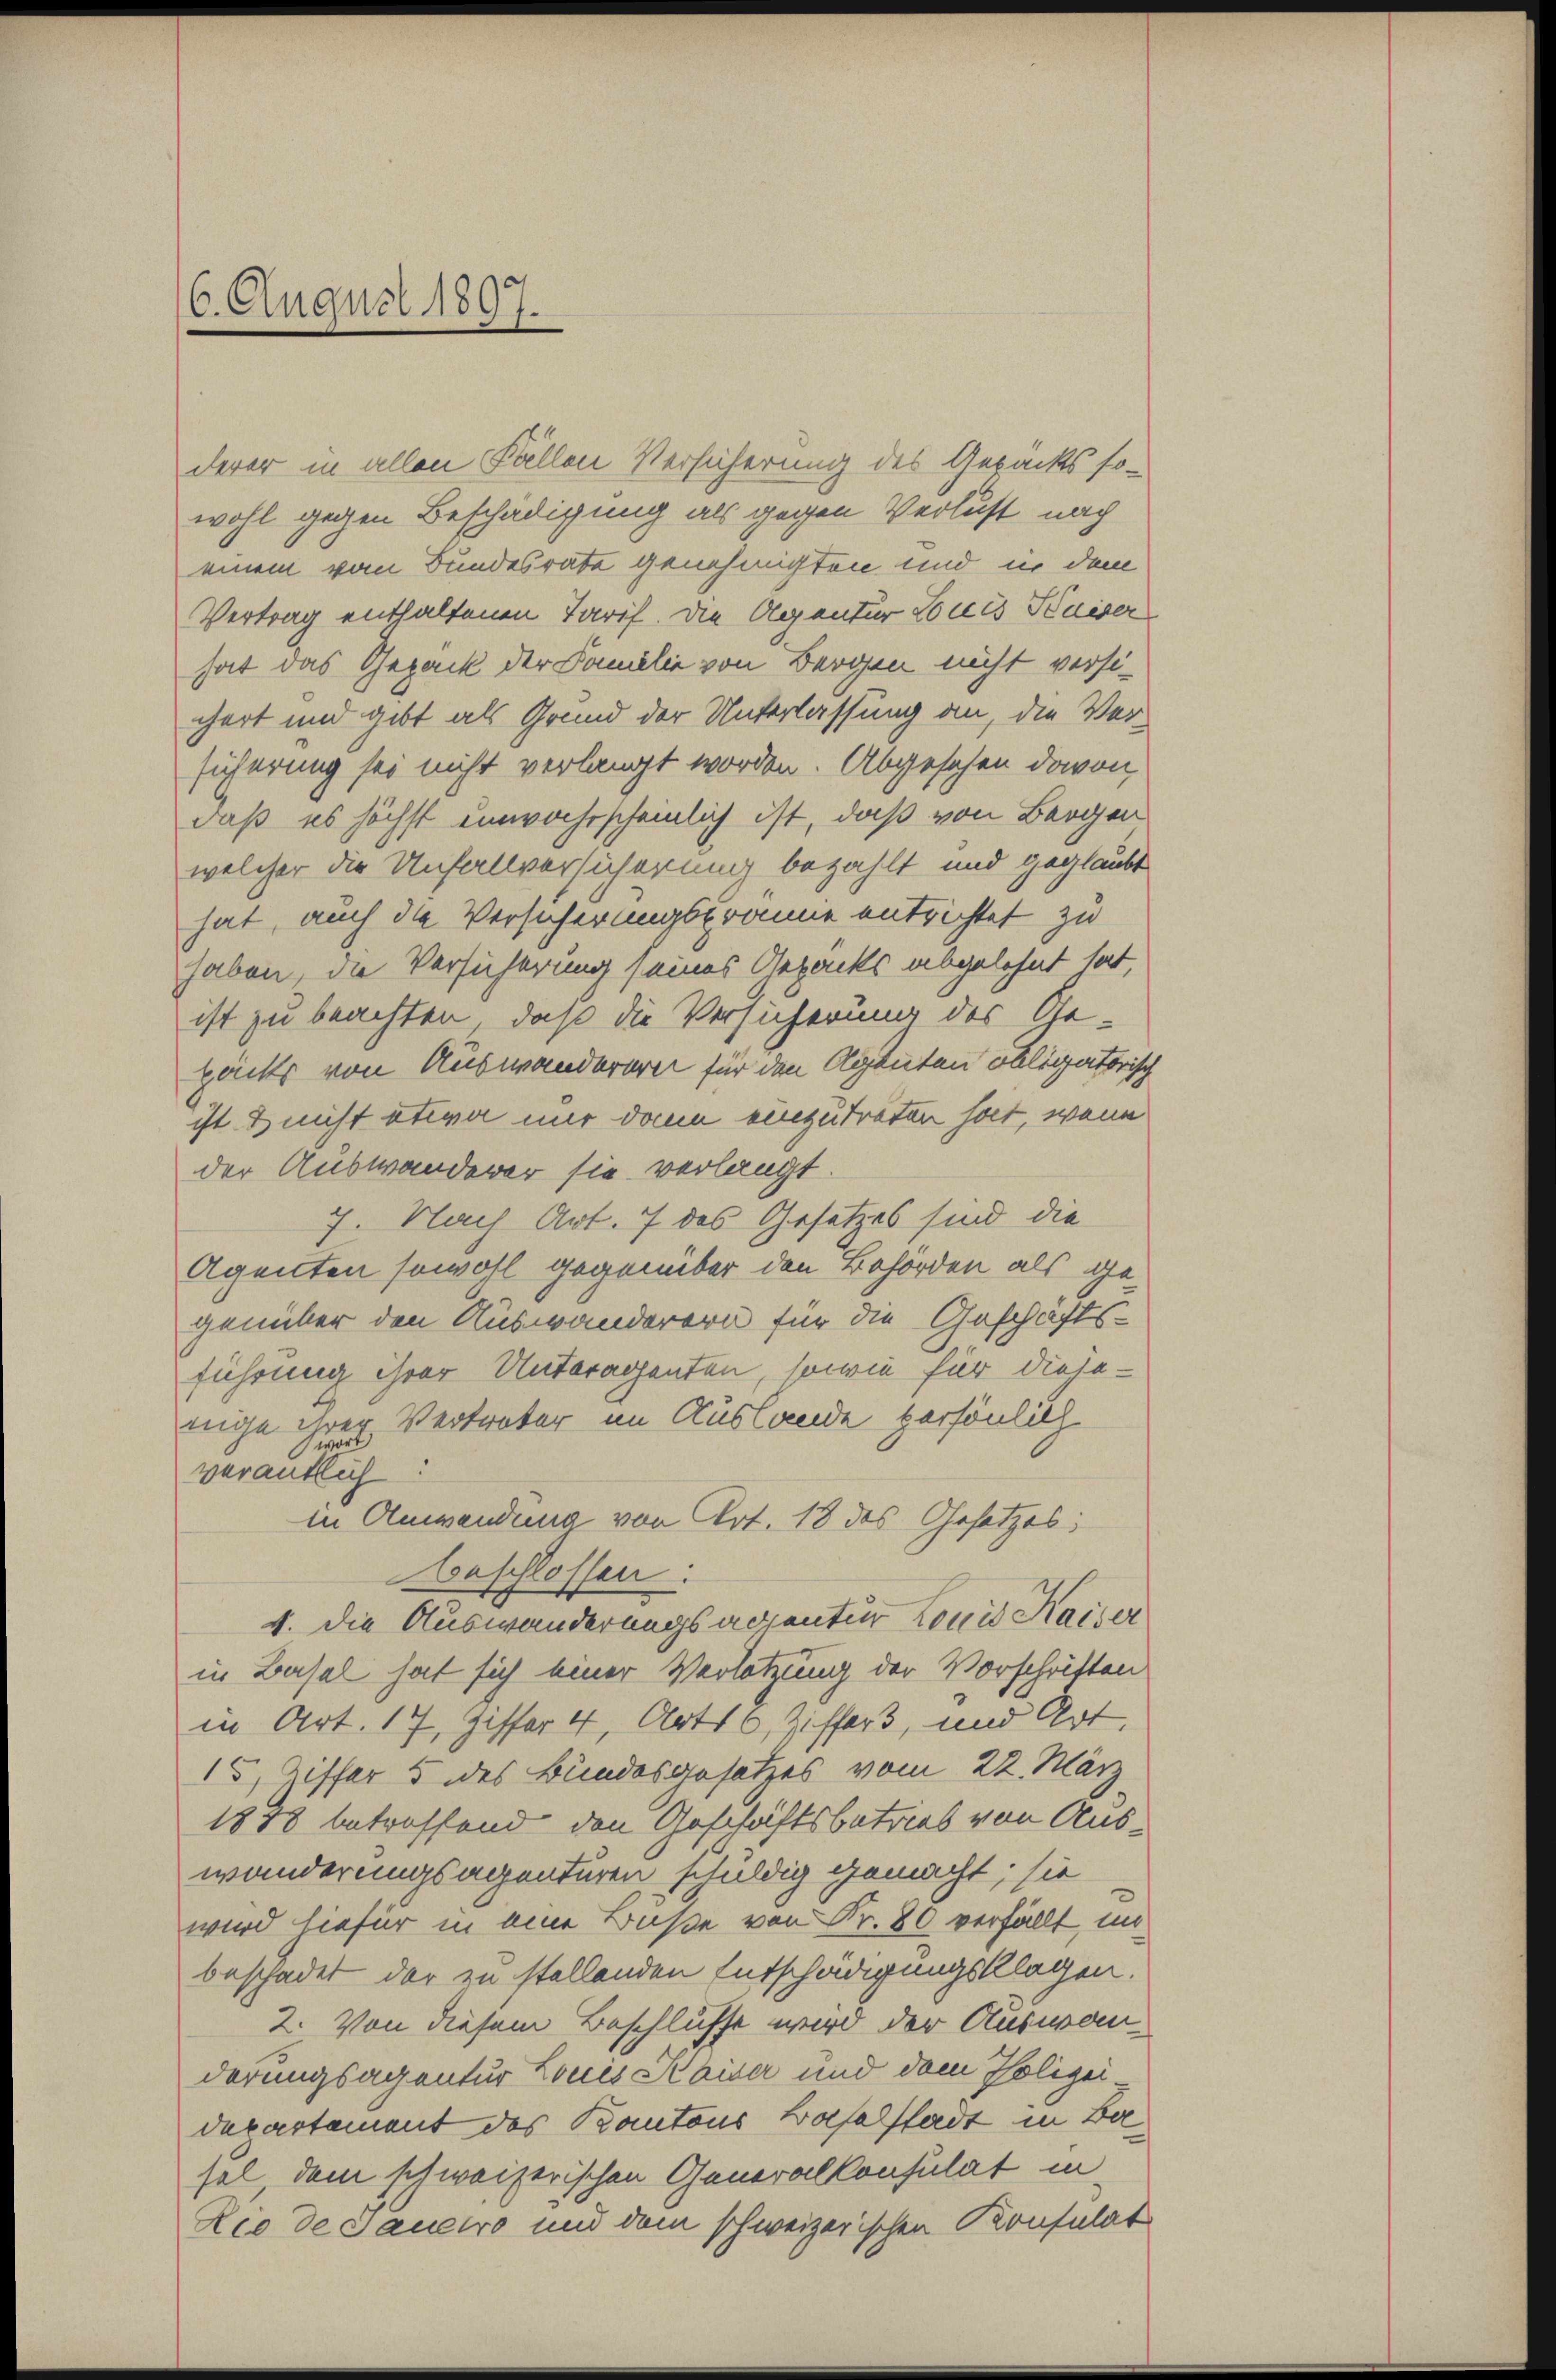
6. August 1897.

derer in allen Fällen Versicherung des Gepäcks so-
wohl gegen Beschädigung als gegen Verlust nach
einem vom Bundesrate genehmigten und in dem
Vertrag enthaltenen Tarif. Die Agentur Louis Kaiser
hat das Gepack der Familie von Bergen nicht versi-
chert und gibt als Grund der Unterlassung an, die Versicherung sei nicht verlangt worden. Abgesehen davon,
daß es höchst unwahrscheinlich ist, daß von Bergen
welcher die Unfallversicherung bezahlt und geglaubt
hat, auch die Versicherungsprämie entrichtet zu
haben, die Versicherung seines Gepacks abgelehnt hat,
ist zu beachten, daß die Versicherung des Ge-
packe von Auswanderern für den Agenten obligatorisch
ist & nicht etwa nur dann einzutreten hat, wenn
der Auswanderer sie verlangt.
7. Nach Art. 7 des Gesetzes sind die
Agenten sowohl gegenüber den Behörden als gegenüber den Auswanderern für die Geschäftsführung ihrer Unteragenten, sowie für diesenige ihrer Vertreter im Auslande persönlich
verantlich:
in Anwendung von Art. 18 des Gesetzes:
beschlossen.
1. die Auswanderungsagentur Louis Kaiser
in Basel hat sich einer Verletzung der Vorschritten
in Art. 17, Fesser 4, Art 16, Ziffers, und Art.
15, Ziffer 5 des Bundesgesetzes vom 22. März
1888 betreffend den Geschäftsbetrieb von Auswanderungsagenturen schuldig gemacht; sie
wird hiefür in eine Buße von Fr. 80 verfällt, in
beschadet der zu stellenden Entschädigungsklagen.
2. Von diesem Beschlusse wird der Auswanderungsagentur Louis Kaiser und dem Polizei
departement des Kantons Baselstadt in Basel, dem schweizerischen Generalkonsulat in
Rio de Jauctro und dem schweizerischen Konsulat